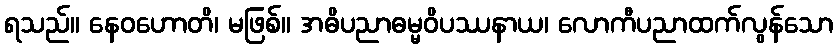
ရသည်။ နေဝဟောတိ၊ မဖြစ်။ အဓိပညာဓမ္မဝိပဿနာယ၊ လောကီပညာထက်လွန်သော